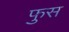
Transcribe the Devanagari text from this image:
फुस